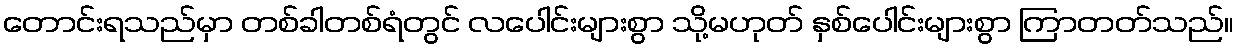
တောင်းရသည်မှာ တစ်ခါတစ်ရံတွင် လပေါင်းများစွာ သို့မဟုတ် နှစ်ပေါင်းများစွာ ကြာတတ်သည်။